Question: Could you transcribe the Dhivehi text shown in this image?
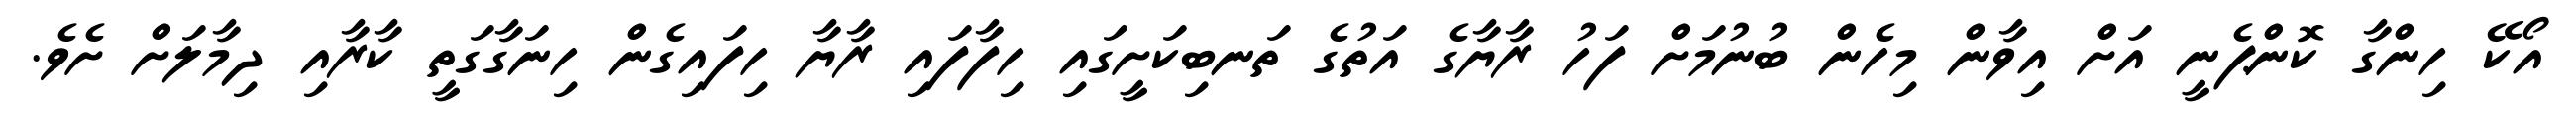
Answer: އޯކޭ ހިންގާ ކޮންޕެނީ އަށް އިވާން މިހެން ބުނުމަށް ފަހު ރާޔާގެ އަތުގެ ތަނބިކަށީގައި ހިފާފައި ރާޔާ ހިފައިގެން ހިނަގާގަތީ ކާރާއި ދިމާލަށް ށެވެ.